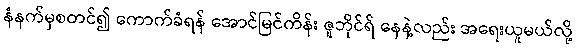
နံနက်မှစတင်၍ ကောက်ခံရန် အောင်မြင်ကိန်း ဇူဘိုင်ရ် နေနဲ့လည်း အရေးယူမယ်လို့